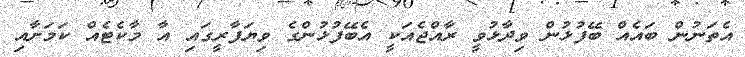
އެތަނުން ބައެއް ބޭފުޅުން ވިދާޅުވީ ރާއްޖެއަކީ އެބޭފުޅުންގެ ވިޔަފާރީގައި އާ މާކެޓެއް ކަމަށާއި